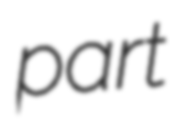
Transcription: part